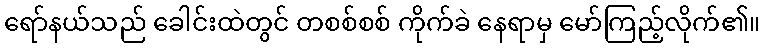
ရော်နယ်သည် ခေါင်းထဲတွင် တစစ်စစ် ကိုက်ခဲ နေရာမှ မော်ကြည့်လိုက်၏။